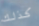
كذلك